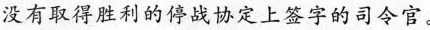
没有取得胜利的停战协定上签字的司令官。